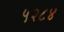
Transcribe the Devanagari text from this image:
५२८४